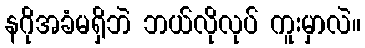
နဂိုအခံမရှိဘဲ ဘယ်လိုလုပ် ကူးမှာလဲ။